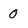
Character: 0